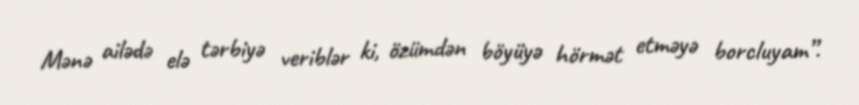
Mənə ailədə elə tərbiyə veriblər ki, özümdən böyüyə hörmət etməyə borcluyam”.